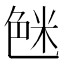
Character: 𱽉